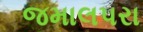
જમાલપરા